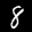
Label: 8